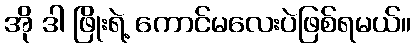
အို ဒါ ဖြိုးရဲ့ ကောင်မလေးပဲဖြစ်ရမယ်။